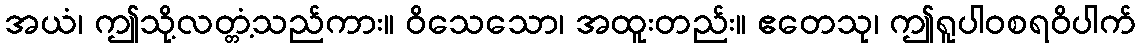
အယံ၊ ဤသို့လတ္တံ့သည်ကား။ ဝိသေသော၊ အထူးတည်း။ ဧတေသု၊ ဤရူပါဝစရဝိပါက်